Annual administration report of the Civil Veterinary Department, Sind - 1938-1939
Year: 1938
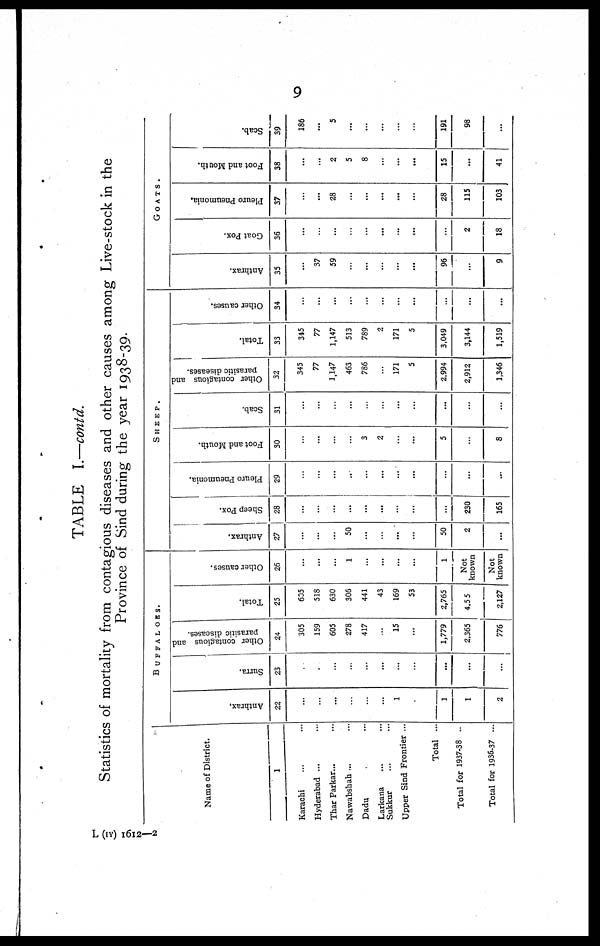
9
TABLE I.—contd.
Statistics of mortality from contagious diseases and other causes among Live-stock in the
Province of Sind during the year 1938-39.
Name of District.
1
Karachi ... ...
Hyderabad ... ...
Thar Parkar... ...
Nawabshah ... ...
Dadu ...
Larkana ... ...
Sukkur ... ...
Upper Sind Frontier ...
Total ...
Total for 1937-38 ..
Total for 1936-37 ...
BUFFALOES.
Anthrax,
22
...
...
...
...
...
...
1
.
1
1
2
Surra.
23
...
...
...
...
...
...
...
...
...
...
...
Other contagious and
parasitic diseases.
24
305
159
605
278
417
...
15
...
1,779
2,365
776
Total.
25
605
518
630
306
441
43
169
53
2,765
4.55
2,127
Other causes.
26
...
...
...
1
...
...
...
...
1
Not
known
Not
known
SHEEP.
Anthrax.
27
...
...
...
50
...
...
...
...
50
2
...
Sheep Pox.
28
...
...
...
...
...
...
...
...
...
230
165
Pleuro Pneumonia.
29
...
...
...
...
...
...
...
...
...
...
...
Foot and Mouth.
30
...
...
...
...
3
2
...
...
5
...
8
Scab.
31
...
...
...
...
...
...
...
...
...
...
...
Other contagious and
parasitic diseases.
32
345
77
1,147
463
786
...
171
5
2,994
2,912
1,346
Total.
33
345
77
1,147
513
789
2
171
5
3,049
3,144
1,519
Other causes.
34
...
...
...
...
...
...
...
...
...
...
...
GOATS.
Anthrax.
35
...
37
59
...
...
...
...
...
96
...
9
Goat Pox.
36
...
...
...
...
...
...
...
...
...
2
18
Pleuro Pneumonia.
37
...
...
28
...
...
...
...
...
28
115
103
Foot and Mouth.
38
...
...
2
5
8
...
...
...
15
...
41
Scab.
39
186
...
5
...
...
...
...
...
191
98
...
L (IY) 1612—2